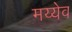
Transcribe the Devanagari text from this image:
मय्येव